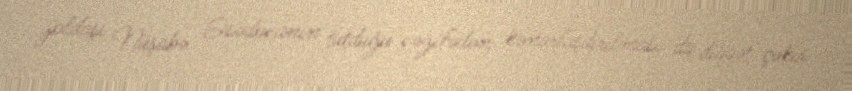
yoldaşı Nüşabə Əsədovanın tutduğu vəzifədən kənarlaşdırılması da diqqət çəkir.